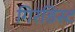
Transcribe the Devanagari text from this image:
गिरंडिस्ट